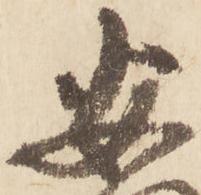
安